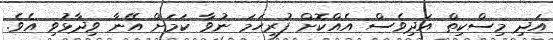
އަދި މިސްކިތް އަދިވެސް އެއްކޮށް ފުރިހަމަ ނުވާ ކަމަށް އޭނާ ވިދާޅުވި އެވެ.